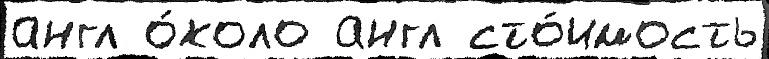
англ о́коло англ сто́имость